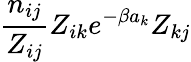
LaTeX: \frac{n_{ij}}{Z_{ij}}Z_{ik}e^{-\beta a_{k}}Z_{kj}